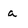
Character: a